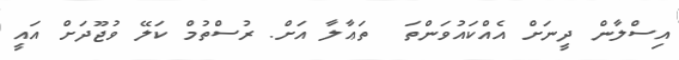
އިސްލާން ދީނަށް އެއްކައުވަންތަ  ތަޢާލާ އަށް. ރުސްތުމް ކަލޭ ވުޖޫދަށް އައީ